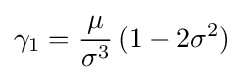
\gamma _{1}={\frac {\mu }{\sigma ^{3}}}\,(1-2\sigma ^{2})